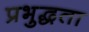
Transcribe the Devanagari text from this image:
प्रभुद्धता